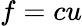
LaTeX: f=cu